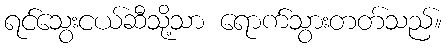
ရင်သွေးငယ်ဆီသို့သာ ရောက်သွားတတ်သည်။